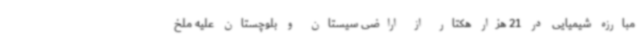
مبارزه شیمیایی در 21 هزار هکتار از اراضی سیستان و بلوچستان علیه ملخ